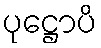
ပုဋ္ဌောပိ